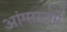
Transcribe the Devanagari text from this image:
आंग्सस्टोर्म